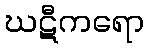
ဃဋီကရော